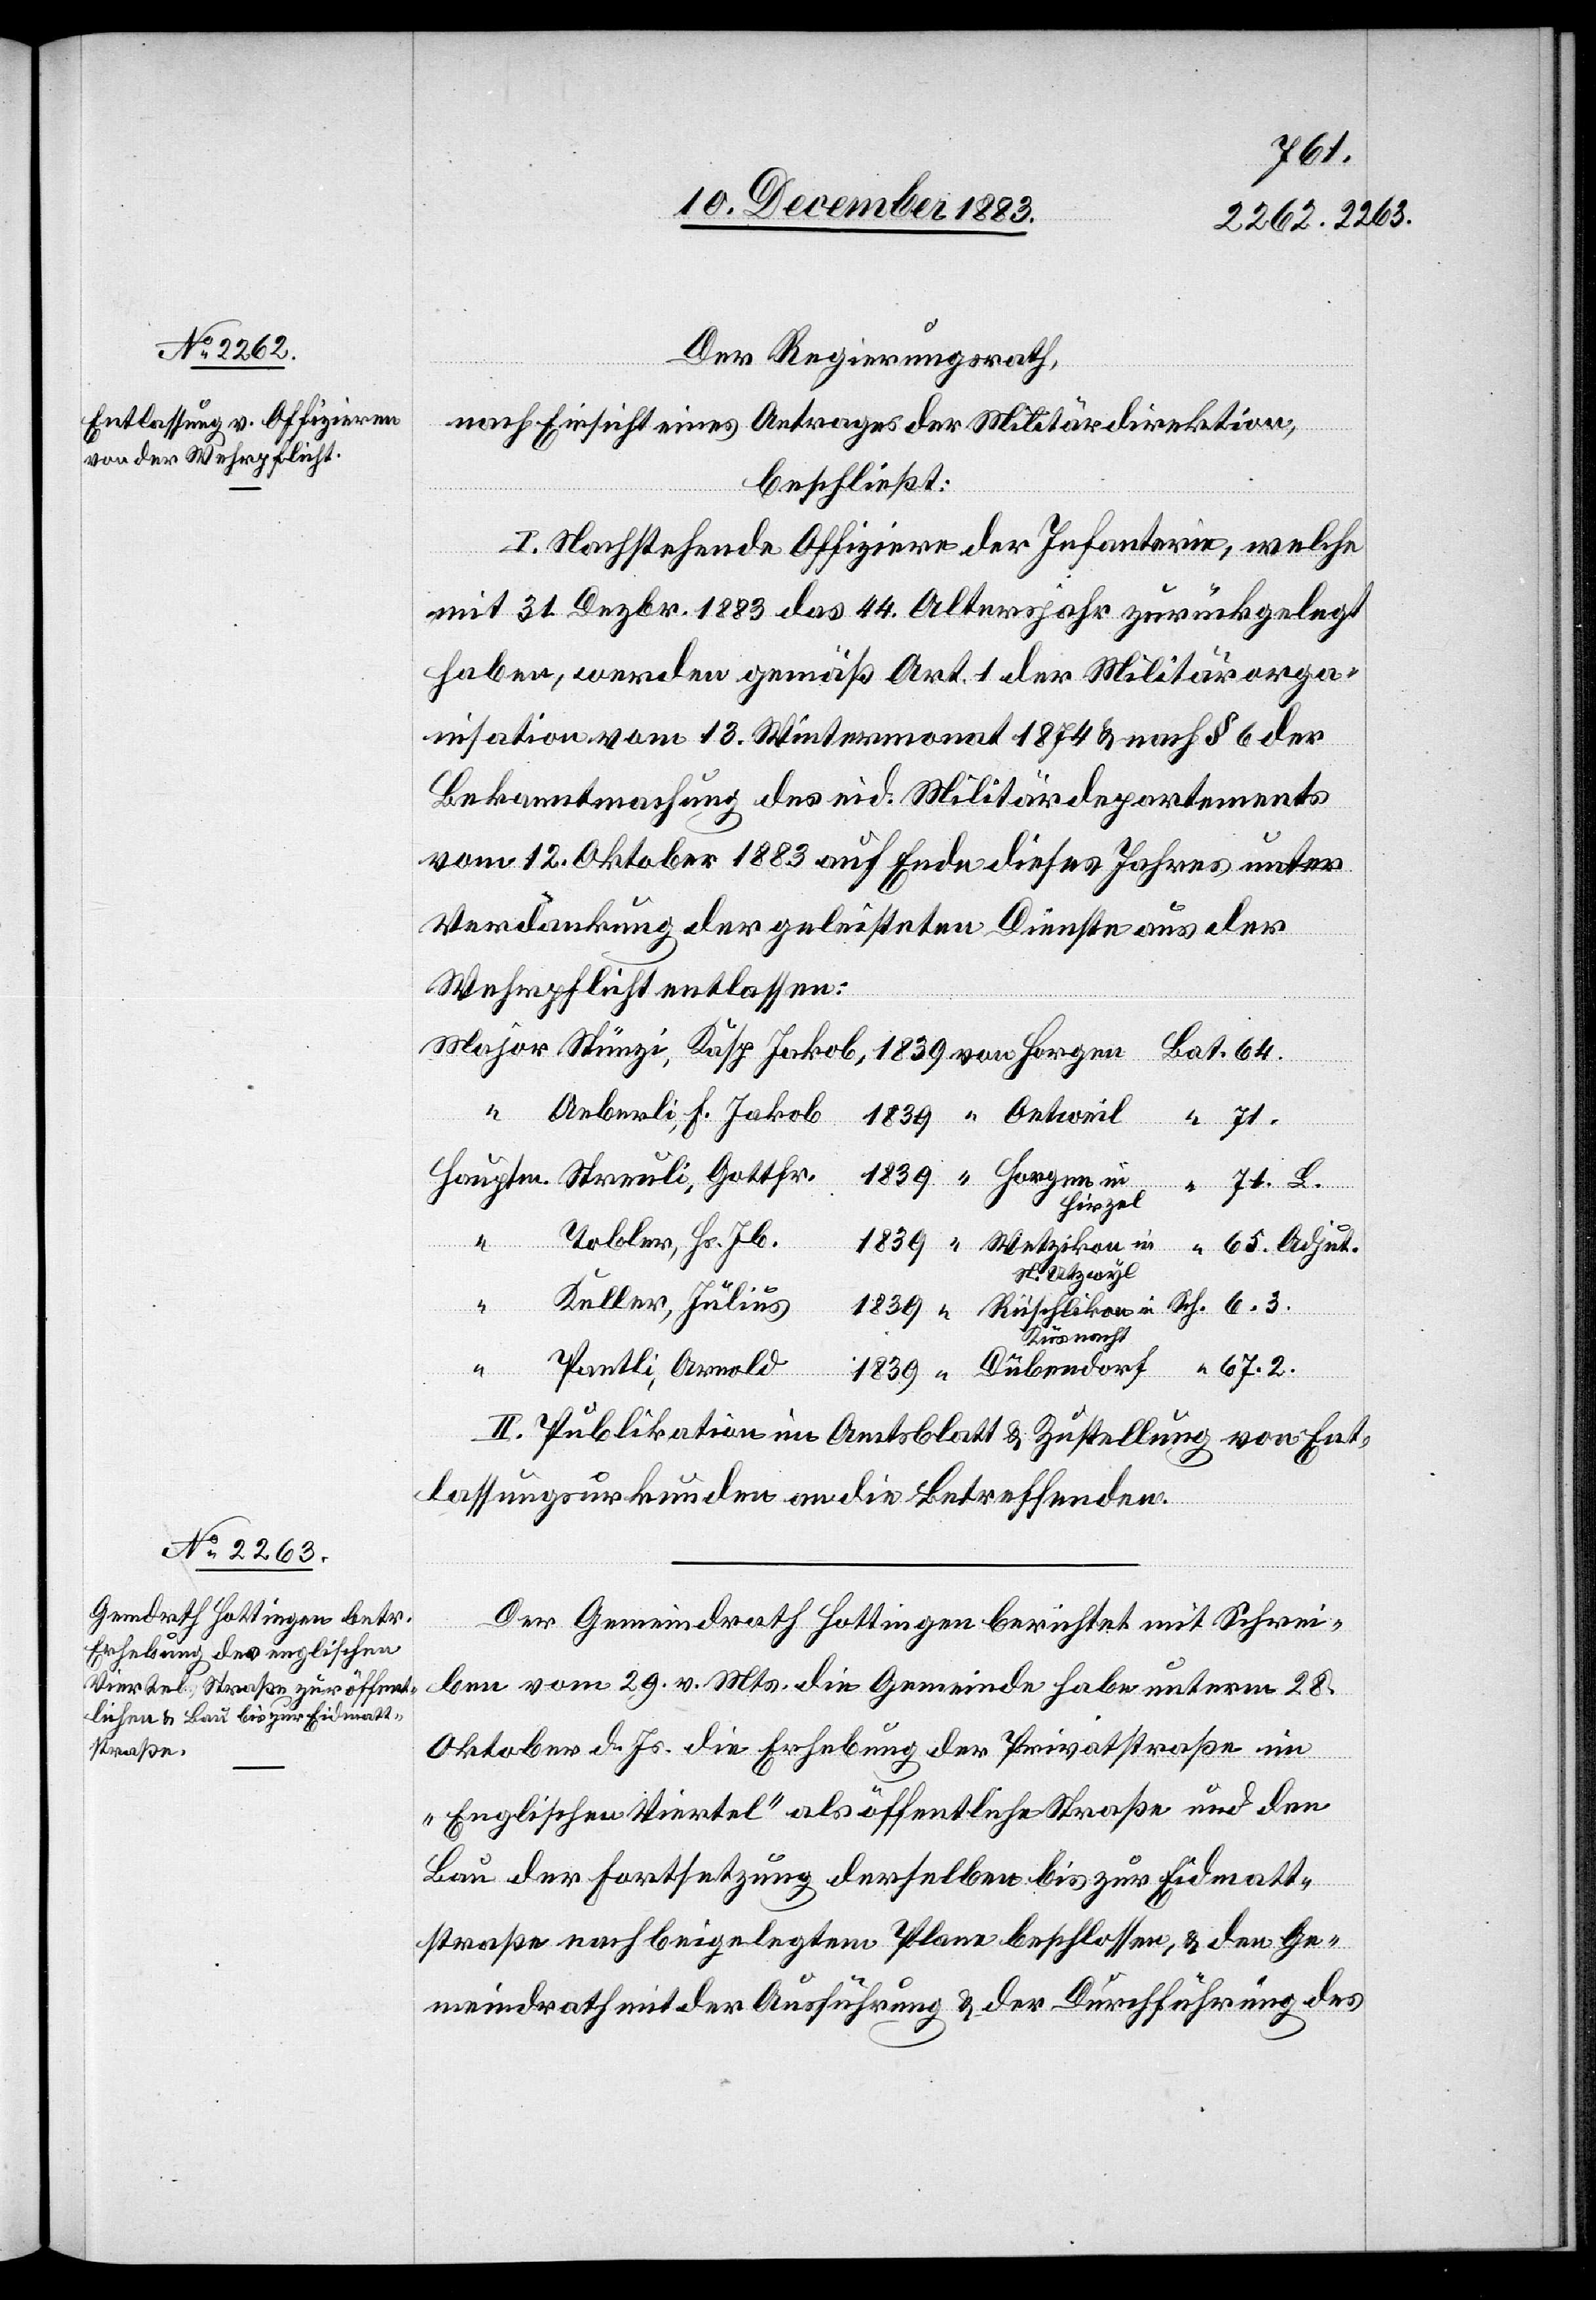
71.
Der Regierungsrath,
nach Einsicht eines Antrages der Militärdirektion,
beschließt:
I. Nachstehende Offiziere der Infanterie, welche
mit 31. Dezbr. 1883 das 44. Altersjahr zurückgelegt
haben, werden gemäß Art. 1 der Militärorga¬
nisation vom 13. Wintermonat 1874 & nach § 6 der
Bekanntmachung des eid. Militärdepartements
vom 12. Oktober 1883 auf Ende dieses Jahres unter
Verdankung der geleisteten Dienste aus der
Wehrpflicht entlassen:
Aeberli, F. Jakob
2.
“
Hirzel
Tobler, Hs. Jb.
Utzwyl
Keller, Julius
Rüschlikon in
Küsnacht
Pantli, Arnold
von
II. Publikation im Amtsblatt & Zustellung von Ent¬
lassungsurkunden an die Betreffenden.
Der Gemeindrath Hottingen berichtet mit Schrei¬
ben vom 29. v. Mts. die Gemeinde habe unterm 28.
Oktober d. Js. die Erhebung der Privatstraße im
„Englischen Viertel“ als öffentliche Straße und den
Bau der Fortsetzung derselben bis zur Eidmatt¬
straße nach beigelegtem Plane beschlossen, & den Ge¬
meindrath mit der Ausführung & der Durchführung des